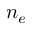
n _ { e }